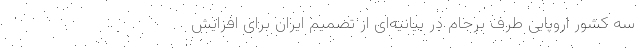
سه کشور اروپایی طرف برجام در بیانیه‌ای از تصمیم ایران برای افزایش